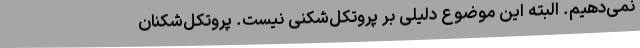
نمی‌دهیم. البته این موضوع دلیلی بر پروتکل‌شکنی نیست. پروتکل‌شکنان